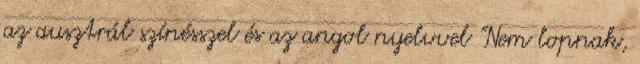
az ausztrál színésszel és az angol nyelvvel "Nem lopnak,